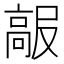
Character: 𱅺